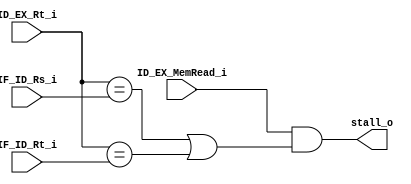
module Hazard_Detection
(
	ID_EX_MemRead_i,
	ID_EX_Rt_i,
	IF_ID_Rs_i,
	IF_ID_Rt_i,
	stall_o
);

input			ID_EX_MemRead_i ;
input	[4:0]	ID_EX_Rt_i ;
input	[4:0]	IF_ID_Rs_i ;
input	[4:0]	IF_ID_Rt_i ;
output			stall_o ;

assign stall_o = ID_EX_MemRead_i & 
				((ID_EX_Rt_i == IF_ID_Rs_i) | (ID_EX_Rt_i == IF_ID_Rt_i)) ;

endmodule